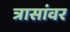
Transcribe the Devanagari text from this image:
त्रासांवर